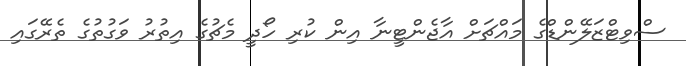
ސްވިޓްޒަލޭންޑްގެ މައްޗަށް އާޖެންޓީނާ އިން ކުރި ހޯދީ މެޗުގެ އިތުރު ވަގުތުގެ ތެރޭގައި